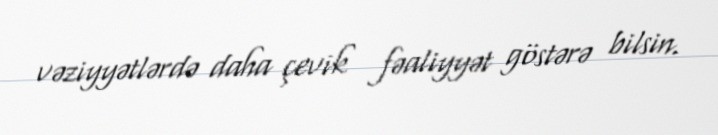
vəziyyətlərdə daha çevik fəaliyyət göstərə bilsin.